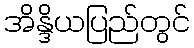
အိန္ဒိယပြည်တွင်